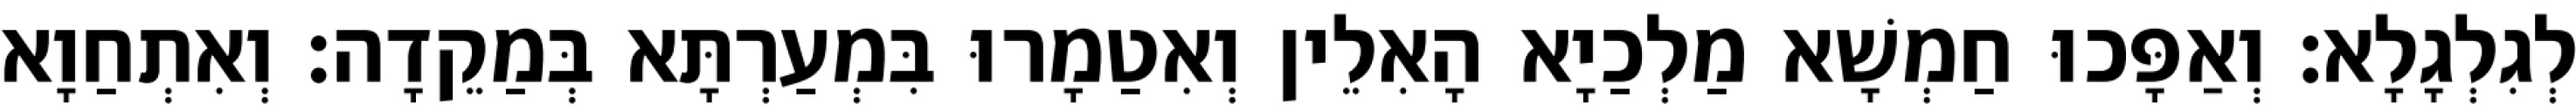
לְגִלְגָלָא׃ וְאַפָּכוּ חַמְשָׁא מַלְכַיָא הָאִלֵין וְאִטַמָרוּ בִּמְעַרְתָּא בְּמַקֵדָה׃ וְאִתְחַוָא